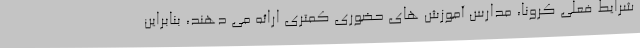
شرایط فعلی کرونا، مدارس آموزش های حضوری کمتری ارائه می دهند، بنابراین